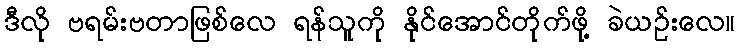
ဒီလို ဗရမ်းဗတာဖြစ်လေ ရန်သူကို နိုင်အောင်တိုက်ဖို့ ခဲယဉ်းလေ။